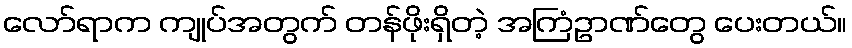
လော်ရာက ကျုပ်အတွက် တန်ဖိုးရှိတဲ့ အကြံဥာဏ်တွေ ပေးတယ်။